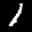
Label: 1